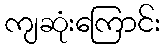
ကျဆုံးကြောင်း